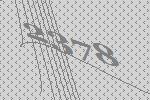
2378